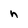
Character: h